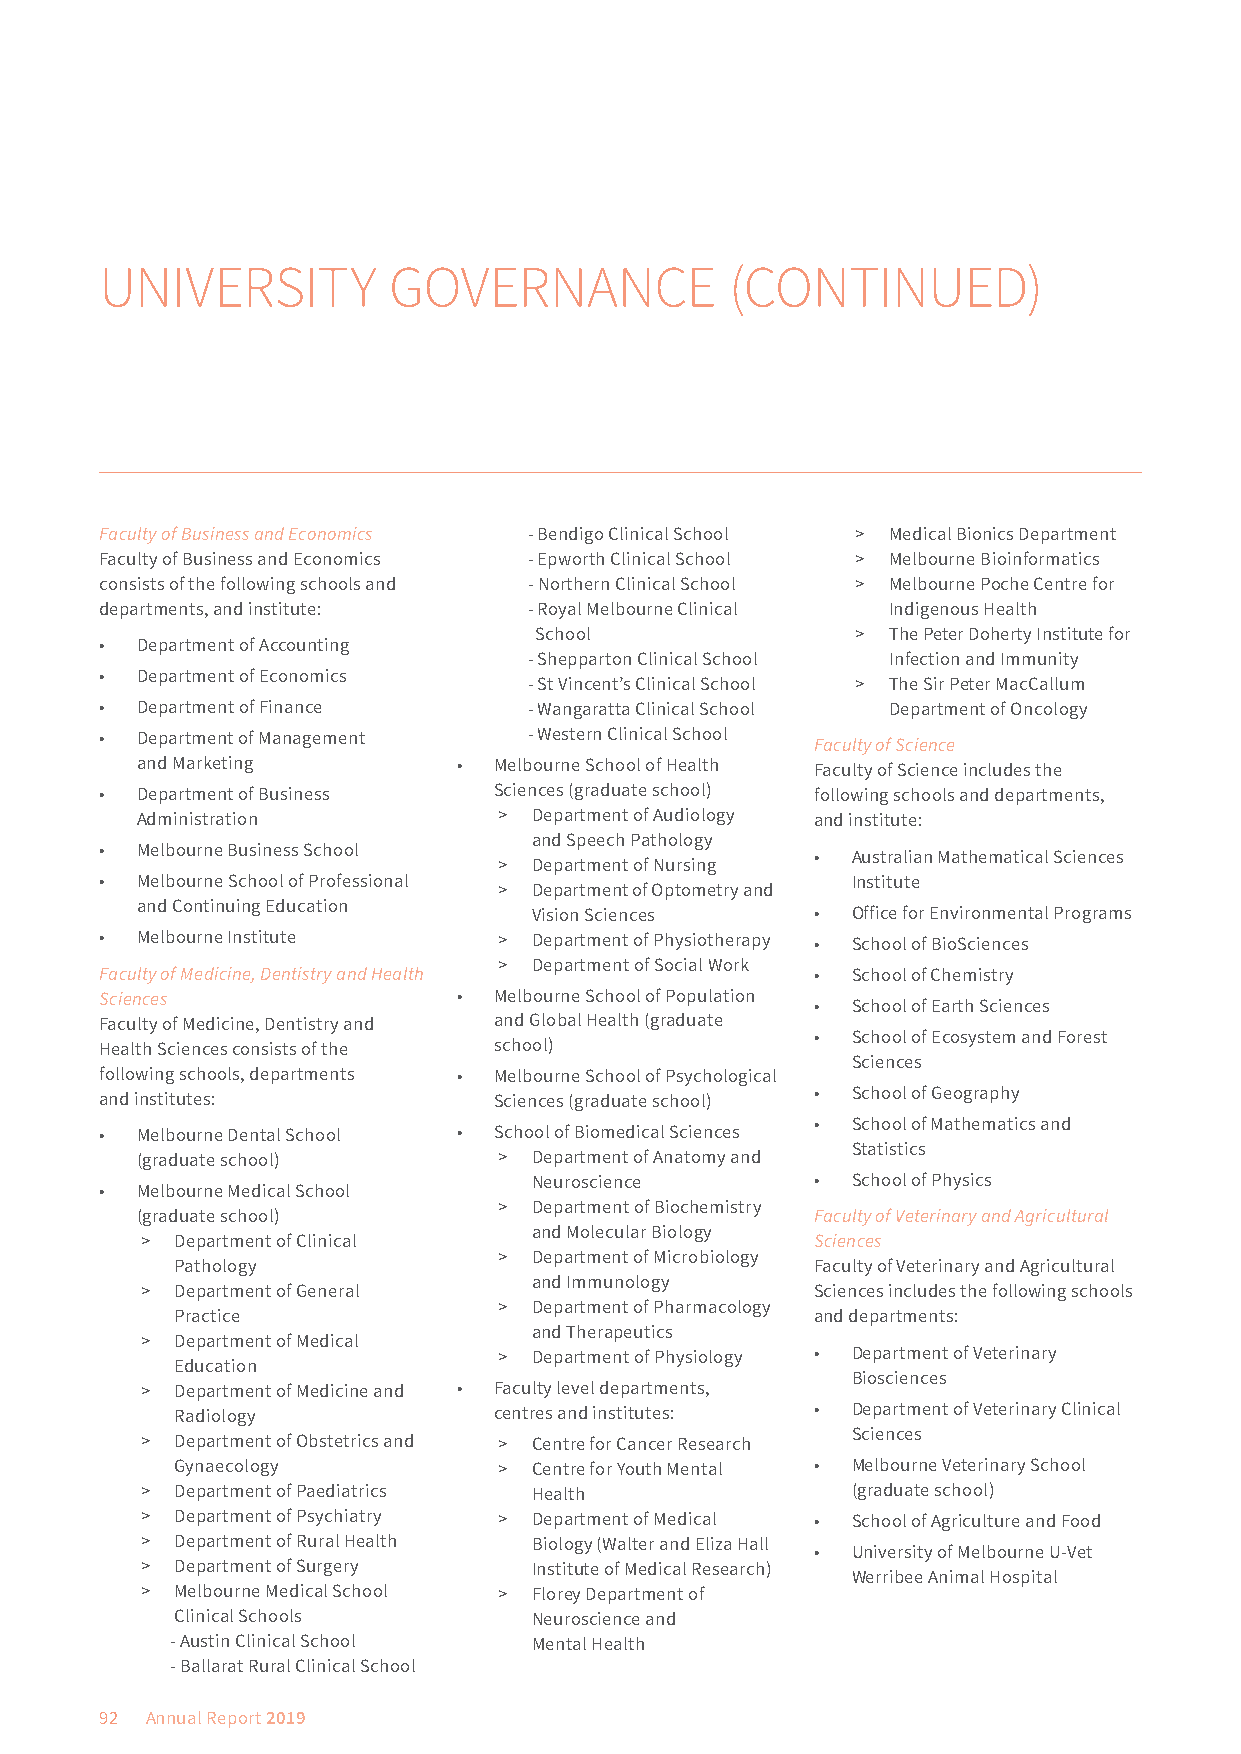
UNIVERSITY         GOVERNANCE            (CONTINUED)
 Faculty of Business and Economics - Bendigo Clinical School > Medical Bionics Department
 Faculty of Business and Economics - Epworth Clinical School > Melbourne Bioinformatics
 consists of the following schools and - Northern Clinical School > Melbourne Poche Centre for
 departments, and institute: - Royal Melbourne Clinical Indigenous Health
 School                > The Peter Doherty Institute for
 • Department of Accounting
 - Shepparton Clinical School Infection and Immunity
 • Department of Economics
 - St Vincent’s Clinical School > The Sir Peter MacCallum
 • Department of Finance     - Wangaratta Clinical School Department of Oncology
 • Department of Management  - Western Clinical School
 Faculty of Science
 and Marketing        •  Melbourne School of Health Faculty of Science includes the
 • Department of Business  Sciences (graduate school) following schools and departments,
 Administration          > Department of Audiology and institute:
 and Speech Pathology
 • Melbourne Business School
 • Australian Mathematical Sciences
 > Department of Nursing
 • Melbourne School of Professional               Institute
 > Department of Optometry and
 and Continuing Education
 Vision Sciences    • Office for Environmental Programs
 • Melbourne Institute     > Department of Physiotherapy • School of BioSciences
 > Department of Social Work
 Faculty of Medicine, Dentistry and Health      • School of Chemistry
 Sciences               •  Melbourne School of Population
 • School of Earth Sciences
 Faculty of Medicine, Dentistry and and Global Health (graduate
 • School of Ecosystem and Forest
 Health Sciences consists of the school)
 Sciences
 following schools, departments • Melbourne School of Psychological
 and institutes:           Sciences (graduate school) • School of Geography
 • School of Mathematics and
 • Melbourne Dental School • School of Biomedical Sciences
 Statistics
 (graduate school)       > Department of Anatomy and
 Neuroscience       • School of Physics
 • Melbourne Medical School
 > Department of Biochemistry
 (graduate school)                            Faculty of Veterinary and Agricultural
 and Molecular Biology
 >  Department of Clinical                    Sciences
 > Department of Microbiology
 Pathology                                 Faculty of Veterinary and Agricultural
 and Immunology
 >  Department of General                     Sciences includes the following schools
 > Department of Pharmacology
 Practice                                  and departments:
 and Therapeutics
 >  Department of Medical
 > Department of Physiology • Department of Veterinary
 Education
 Biosciences
 >  Department of Medicine and • Faculty level departments,
 Radiology            centres and institutes: • Department of Veterinary Clinical
 Sciences
 >  Department of Obstetrics and > Centre for Cancer Research
 Gynaecology          > Centre for Youth Mental • Melbourne Veterinary School
 >  Department of Paediatrics Health            (graduate school)
 >  Department of Psychiatry > Department of Medical • School of Agriculture and Food
 >  Department of Rural Health Biology (Walter and Eliza Hall
 • University of Melbourne U-Vet
 >  Department of Surgery  Institute of Medical Research)
 Werribee Animal Hospital
 >  Melbourne Medical School > Florey Department of
 Clinical Schools       Neuroscience and
 - Austin Clinical School Mental Health
 - Ballarat Rural Clinical School
 92 Annual Report 2019